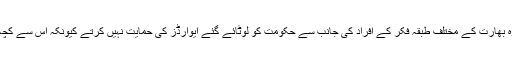
انہوں نے کہا کہ وہ بھارت کے مختلف طبقہ فکر کے افراد کی جانب سے حکومت کو لوٹائے گئے ایوارڈز کی حمایت نہیں کرتے کیونکہ اس سے کچھ حاصل نہیں ہوگا۔